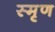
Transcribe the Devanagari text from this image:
स्मृण